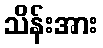
သိန်းအား